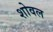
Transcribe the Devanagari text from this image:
शोवल